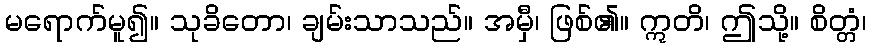
မရောက်မူ၍။ သုခိတော၊ ချမ်းသာသည်။ အမှီ၊ ဖြစ်၏။ ဣတိ၊ ဤသို့။ စိတ္တံ၊